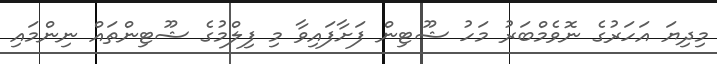
މިދިޔަ އަހަރުގެ ނޮވެމްބަރު މަހު ޝޫޓިން ފަށާފައިވާ މި ފިލްމުގެ ޝޫޓިންތައް ނިންމައި